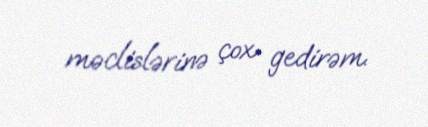
məclislərinə çox gedirəm.